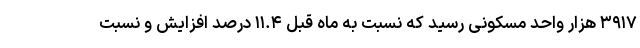
۳۹۱۷ هزار واحد مسکونی رسید که نسبت به ماه قبل ۱۱.۴ درصد افزایش و نسبت